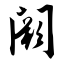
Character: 阙